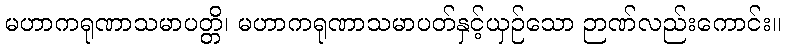
မဟာကရုဏာသမာပတ္တိ၊ မဟာကရုဏာသမာပတ်နှင့်ယှဉ်သော ဉာဏ်လည်းကောင်း။